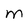
Character: m